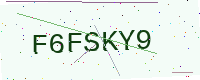
Text: F6FSKY9